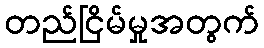
တည်ငြိမ်မှုအတွက်